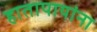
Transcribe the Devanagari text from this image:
हातापायांना